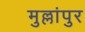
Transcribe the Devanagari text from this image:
मुल्लांपुर